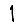
Digit: 1